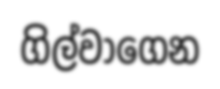
ගිල්වාගෙන